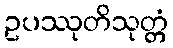
ဥပဿုတိသုတ္တံ